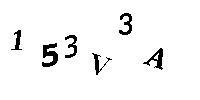
153V3A